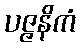
ပဇ္ဇနိကံ